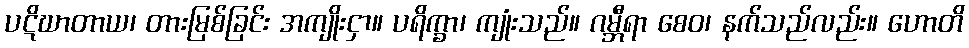
ပဋိဃာတာယ၊ တားမြစ်ခြင်း အကျိုးငှာ။ ပရိက္ခာ၊ ကျုံးသည်။ ဂမ္ဘီရာ စေဝ၊ နက်သည်လည်း။ ဟောတိ